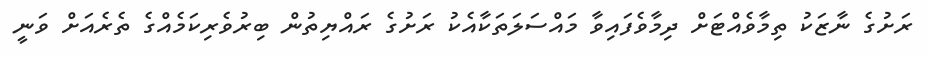
ރަށުގެ ނާޒަކު ތިމާވެއްޓަށް ދިމާވެފައިވާ މައްސަލަތަކާއެކު ރަށުގެ ރައްޔިތުން ބިރުވެރިކަމެއްގެ ތެރެއަށް ވަނީ